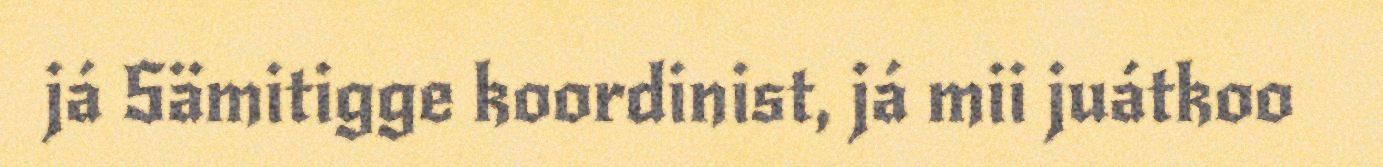
já Sämitigge koordinist, já mii juátkoo